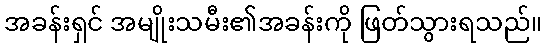
အခန်းရှင် အမျိုးသမီး၏အခန်းကို ဖြတ်သွားရသည်။